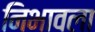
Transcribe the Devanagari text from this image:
निभावला